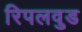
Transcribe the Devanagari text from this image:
रिपलवुड